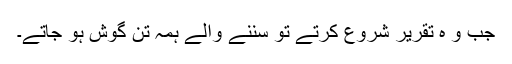
جب و ہ تقریر شروع کرتے تو سننے والے ہمہ تن گوش ہو جاتے۔